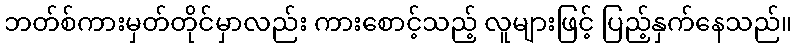
ဘတ်စ်ကားမှတ်တိုင်မှာလည်း ကားစောင့်သည့် လူများဖြင့် ပြည့်နှက်နေသည်။